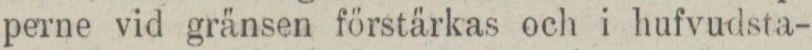
perne vid gränsen förstärkas och i hufvudsta-